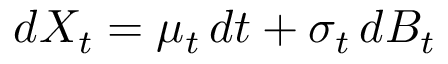
d X _ { t } = \mu _ { t } \, d t + \sigma _ { t } \, d B _ { t }